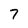
Character: 7